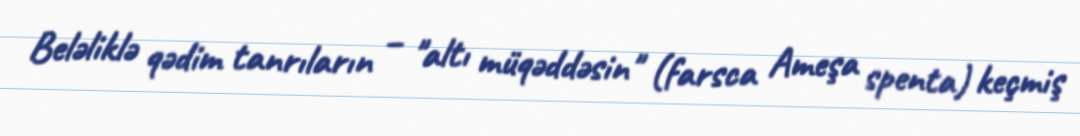
Beləliklə qədim tanrıların – "altı müqəddəsin" (farsca Ameşa spenta) keçmiş